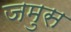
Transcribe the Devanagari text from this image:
जमुस